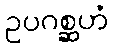
ဥပဂစ္ဆဟံ